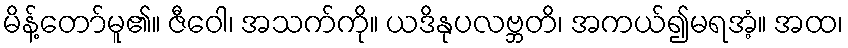
မိန့်တော်မူ၏။ ဇီဝေါ၊ အသက်ကို။ ယဒိနုပလဗ္ဘတိ၊ အကယ်၍မရအံ့။ အထ၊